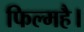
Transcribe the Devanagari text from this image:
फिल्महै।